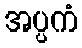
အပ္ပကံ